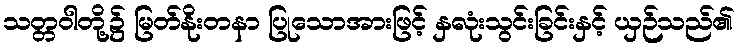
သတ္တဝါတို့၌ မြတ်နိုးတနာ ပြုသောအားဖြင့် နှလုံးသွင်းခြင်းနှင့် ယှဉ်သည်၏